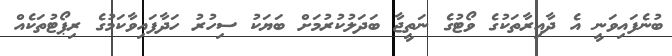
ބުނެފައިވަނީ އެ ދާއިރާތަކުގެ ވޯޓުގެ ނަތީޖާ ބަދަލުކުރުމަށް ބަޔަކު ސިހުރު ހަދާފައިވާކަމުގެ ރިޕޯޓުތަކެއް